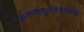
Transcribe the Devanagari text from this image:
जनगणदुःखत्रायक